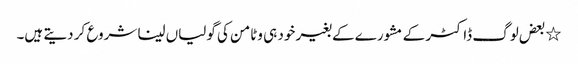
٭بعض لوگ ڈاکٹر کے مشورے کے بغیر خود ہی وٹامن کی گولیاں لینا شروع کر دیتے ہیں۔